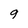
Character: 9